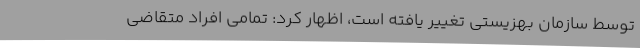
توسط سازمان بهزیستی تغییر یافته است، اظهار کرد: تمامی افراد متقاضی